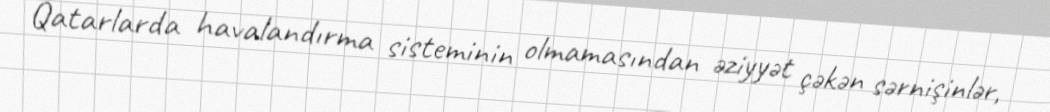
Qatarlarda havalandırma sisteminin olmamasından əziyyət çəkən sərnişinlər,